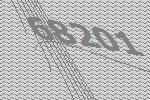
68201